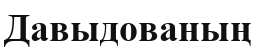
Давыдованың